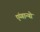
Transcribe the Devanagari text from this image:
एंग्गान्यो